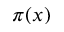
\pi ( x )